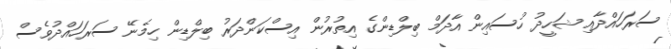
ސަރަހައްދާއި ޝަހީދު ހުސައިން އާދަމް ބިލްޑިންގެ އިތުރުން އިސްކަންދަރު ބިލްޑިން ހިމެނޭ ސަރަހައްދުވެސް